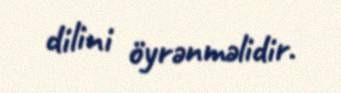
dilini öyrənməlidir.